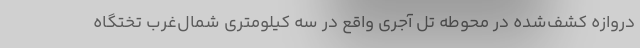
دروازه کشف‌شده در محوطه تل آجری واقع در سه کیلومتری شمال‌غرب تختگاه